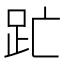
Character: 𮛇